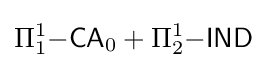
\Pi _{1}^{1}{\mathsf {-CA}}_{0}+\Pi _{2}^{1}{\mathsf {-IND}}